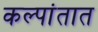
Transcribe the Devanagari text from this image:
कल्पांतात